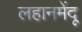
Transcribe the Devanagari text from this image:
लहानमेंदू